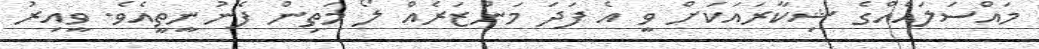
މައްސަލައެއްގެ ޝިކާރައަކަށް ވީ އެ ފަދަ މަންޒަރެއް ލޯ މަތިން ފެނުނީތީއެވެ. ވީއިރު